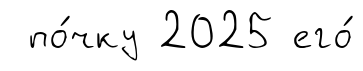
по́чку 2025 его́